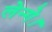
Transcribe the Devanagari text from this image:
लेन्गे।